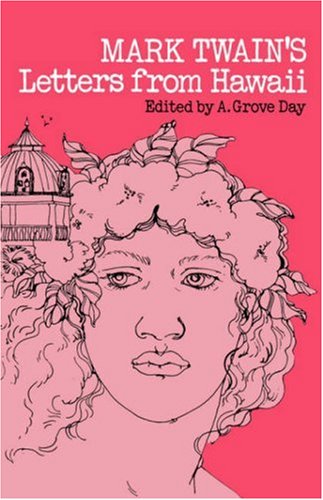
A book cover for Mark Twain's Letters from Hawaii; Mark Twain; Literature & Fiction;